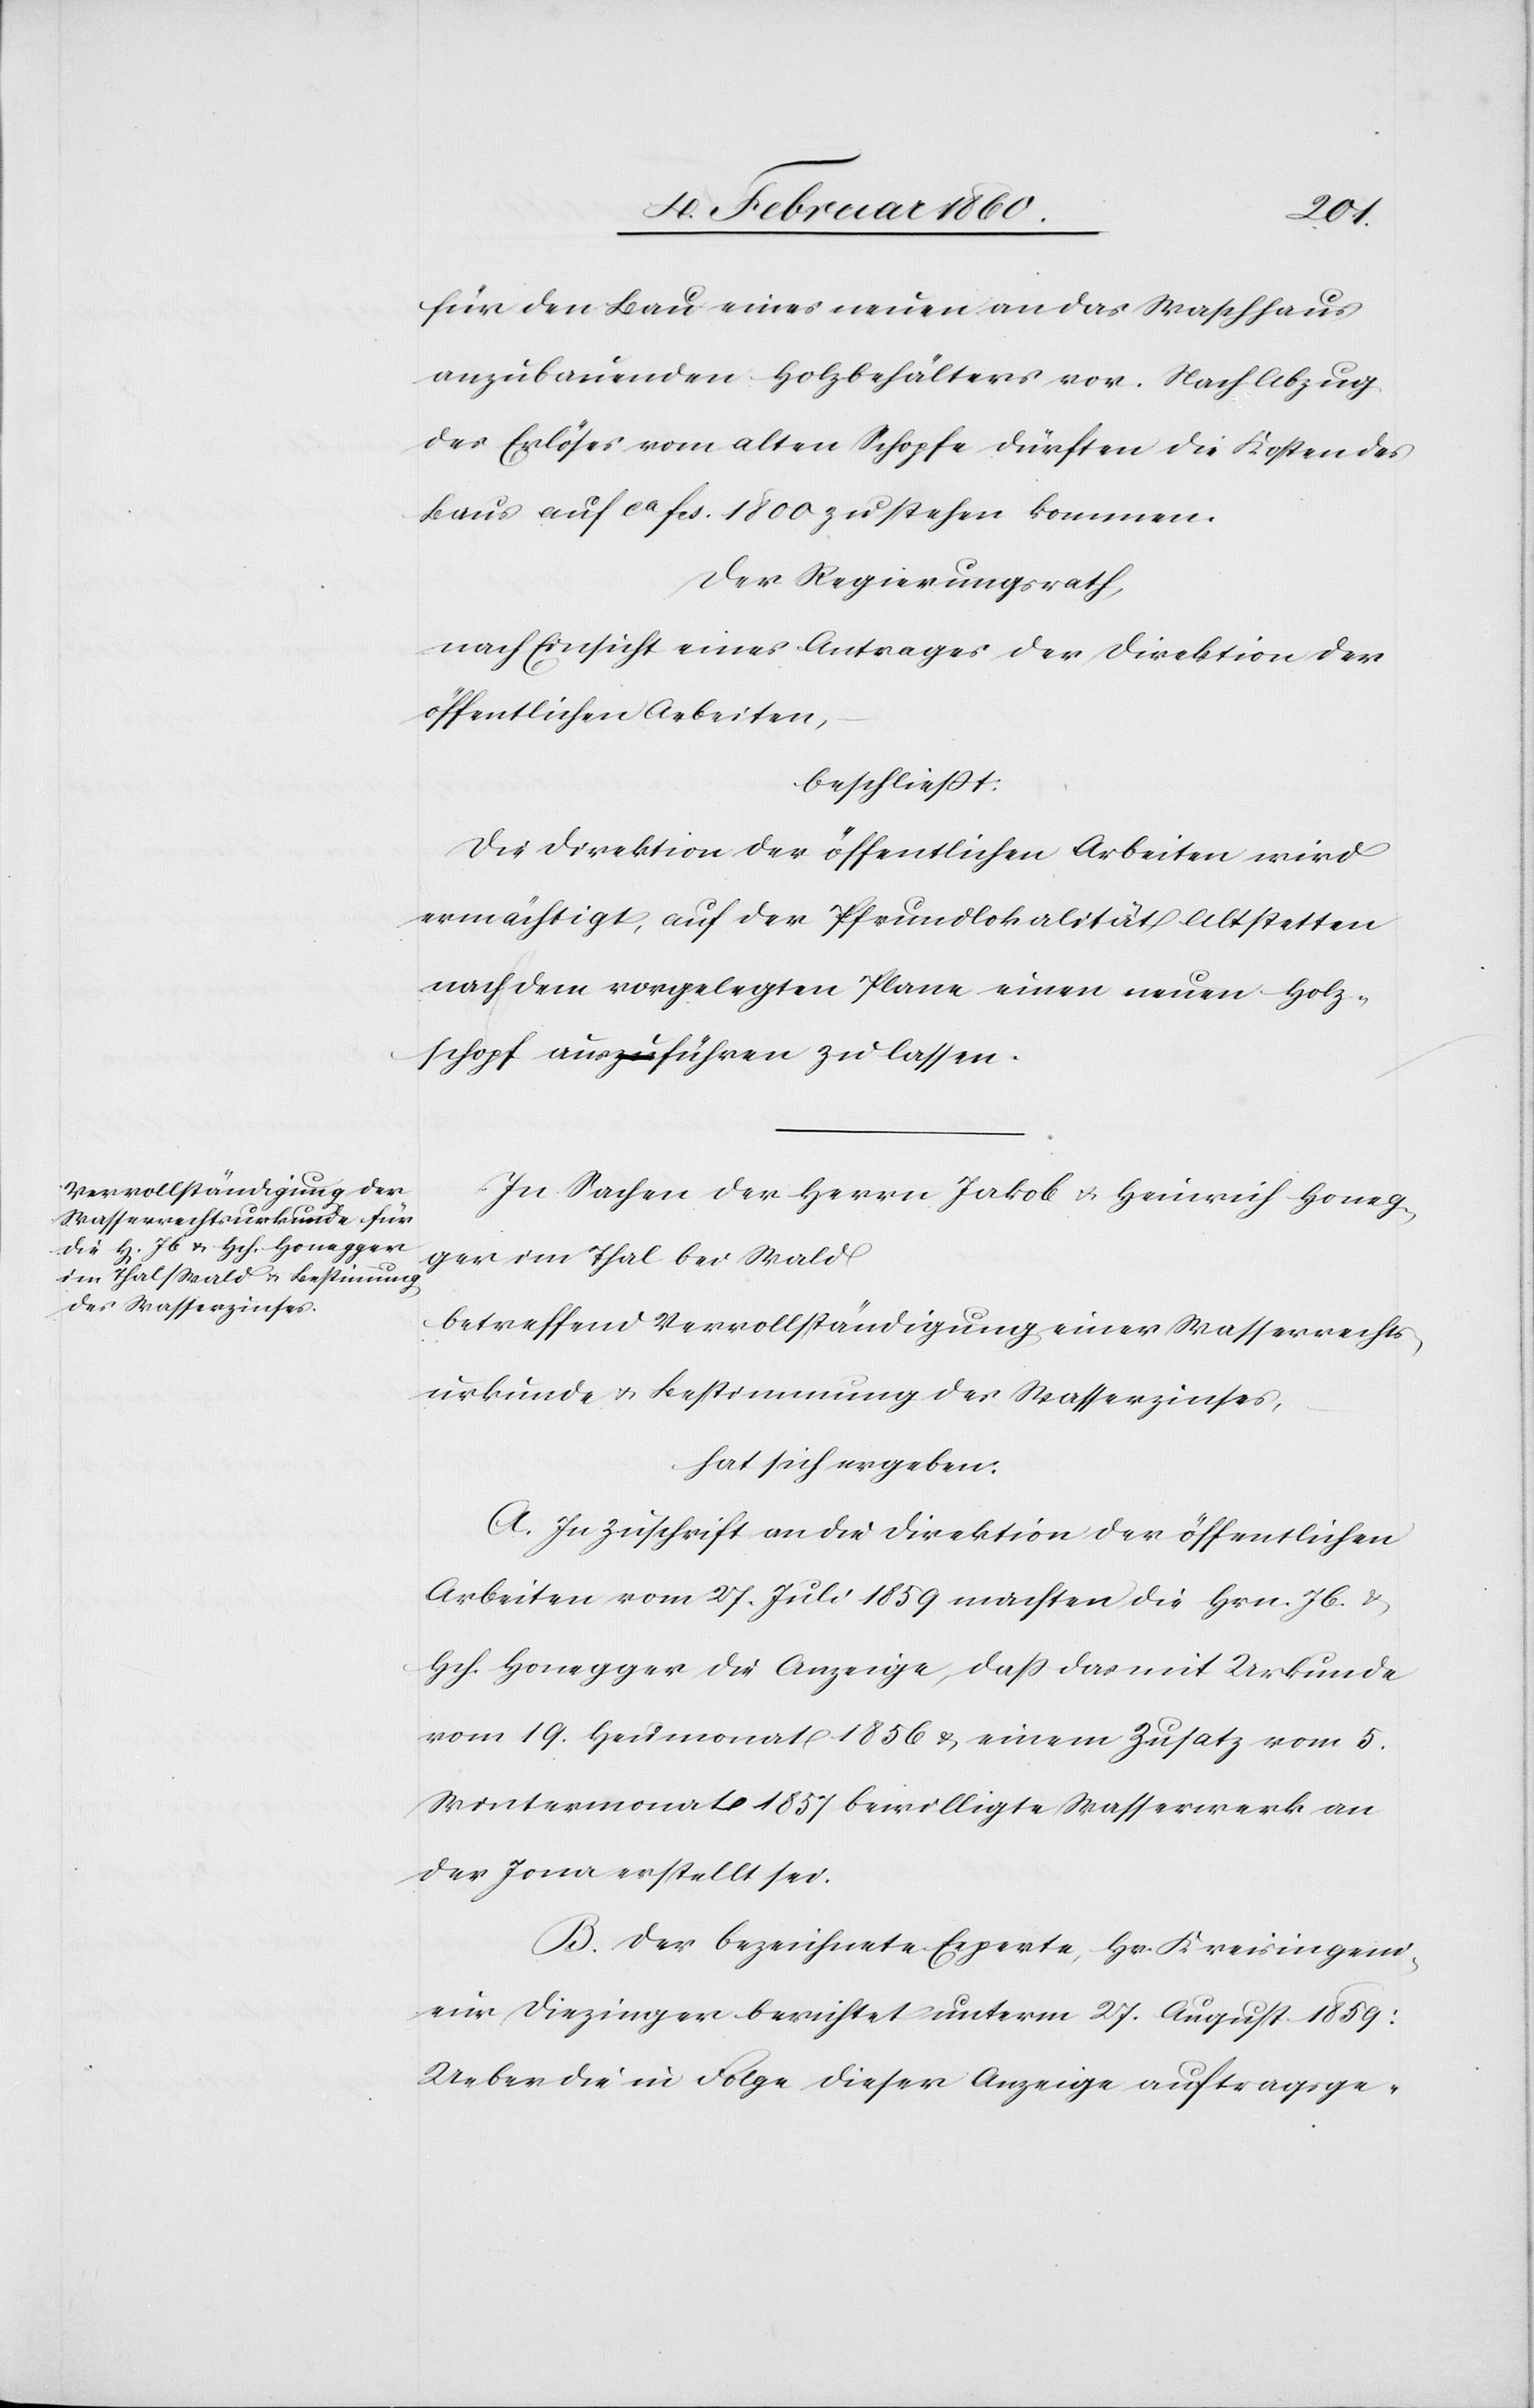
für den Bau einer neuen an das Waschhause
anzubauenden Holzbehälters vor. Nach Abzug
des Erlöses vom alten Schopfe dürften die Kosten des
Haus auf ca. fcs. 1800 zu stehen kommen.
Der Regierungsrath,
nach Einsicht eines Antrages der Direktion der
öffentlichen Arbeiten,
beschliesst:
Die Direktion der öffentlichen Arbeiten wird
ermächtigt, auf der Pfrundlokalität Altstetten
nach dem vorgelegten Plane einen neuen Holz¬
schopf ausführen zu lassen.
In Sachen der Herrn Jakob u. Heinrich Honeg¬
ger im Thal bei Wald
betreffend Vervollständigung einer Wasserrechts¬
urkunde u. Bestimmung des Wasserzinses,
hat sich ergeben:
A. In Zuschrift an die Direktion der öffentlichen
Arbeiten vom 27. Juli 1859 machten die Hrn. Jb. u.
Hch. Honegger die Anzeige, dass das mit Urkunde
vom 19. Heumonat 1856 u. einem Zusatz vom 5.
Wintermonat 1857 bewilligte Wasserwerk an
der Jona erstellt sei.
B. der bezeichnete Experte, Hr. Kreisingeni¬
eur Diezinger berichtet unterm 27. August 1859:
Ueber die in Folge dieser Anzeige auftragsge-